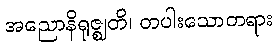
အညောနိရုဇ္ဈတိ၊ တပါးသောတရား